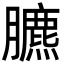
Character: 臕